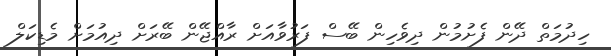
ހިދުމަތް ދޭން ފެށުމުން ދިވެހިން ބޭސް ފަރުވާއަށް ރާއްޖޭން ބޭރަށް ދިއުމަށް މެޑިކަލް